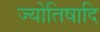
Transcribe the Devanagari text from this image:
ज्योतिषादि